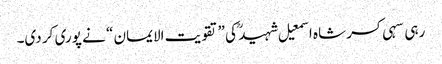
رہی سہی کسر شاہ اسمعیل شہید ؒ کی ”تقویت الایمان “ نے پوری کر دی۔